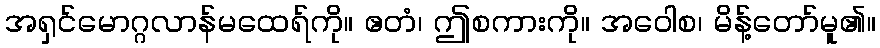
အရှင်မောဂ္ဂလာန်မထေရ်ကို။ ဧတံ၊ ဤစကားကို။ အဝေါစ၊ မိန့်တော်မူ၏။